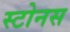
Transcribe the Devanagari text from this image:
स्टोनस